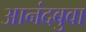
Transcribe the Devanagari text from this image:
आनंदबुवा